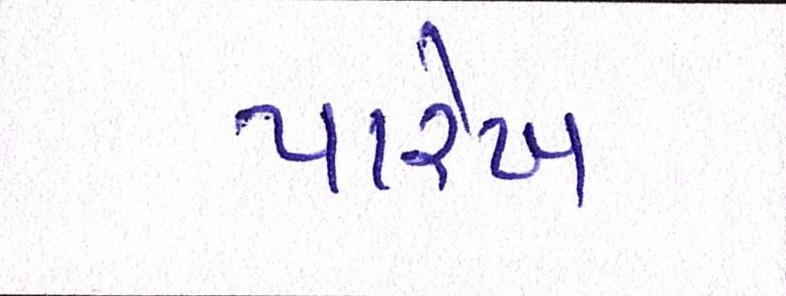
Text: પારેખ